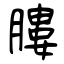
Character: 膢